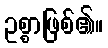
ဥစ္စာဖြစ်၏။